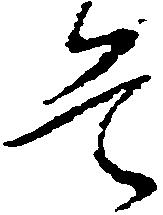
首